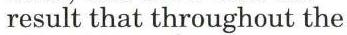
result that throughout the